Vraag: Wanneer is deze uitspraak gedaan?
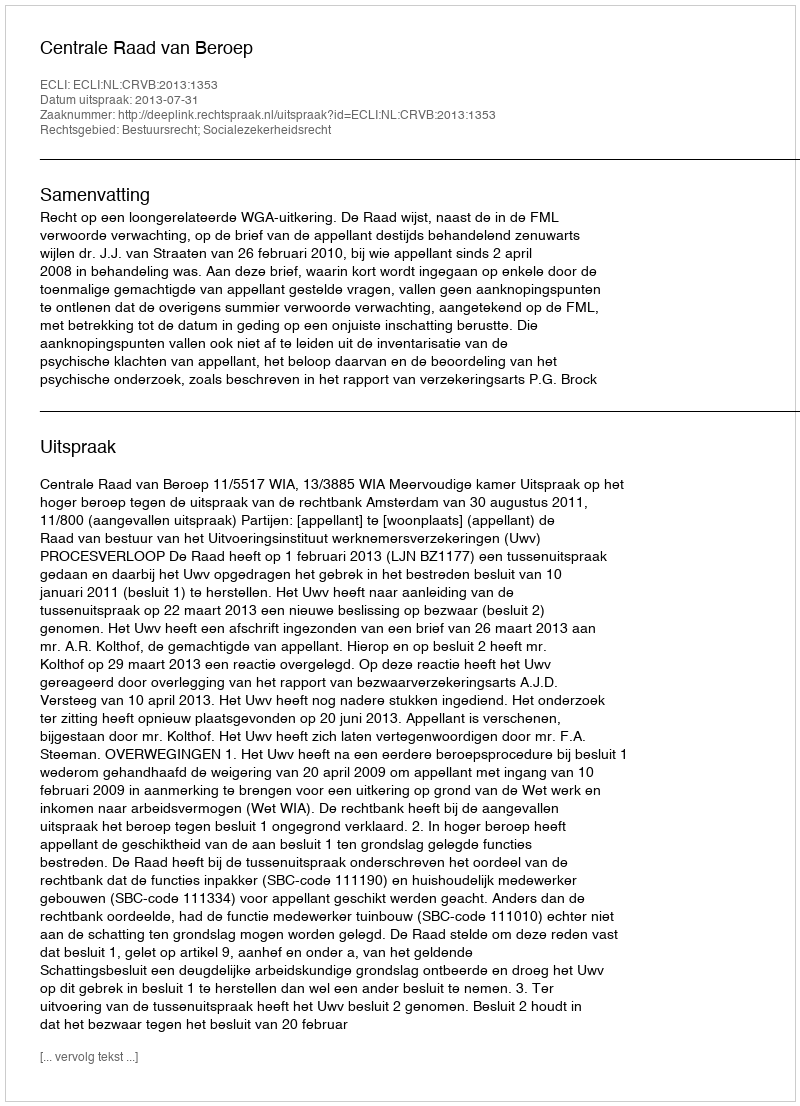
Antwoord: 2013-07-31